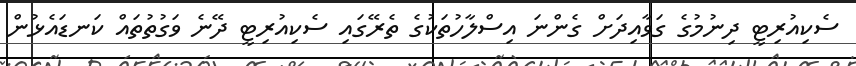
ސެކިއުރިޓީ ދިނުމުގެ ގަވާއިދަށް ގެންނަ އިސްލާހުތަކުގެ ތެރޭގައި ސެކިއުރިޓީ ދޭނެ ވަގުތުތައް ކަނޑައެޅުން